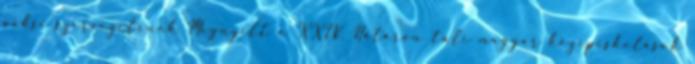
paksi szervezetének Megnyílt a XXIV. Határon túli magyar középiskolások